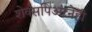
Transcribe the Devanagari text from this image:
शेक्सपिअरनेही